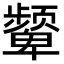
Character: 颦